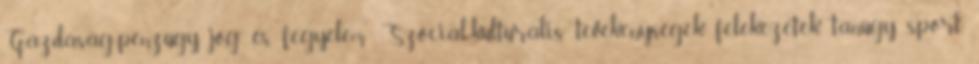
Gazdaság-pénzügy, jog és fegyelem: Szociál-kulturális tevékenységek, felekezetek, tanügy, sport,